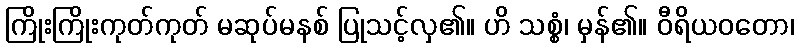
ကြိုးကြိုးကုတ်ကုတ် မဆုပ်မနစ် ပြုသင့်လှ၏။ ဟိ သစ္စံ၊ မှန်၏။ ဝီရိယဝတော၊